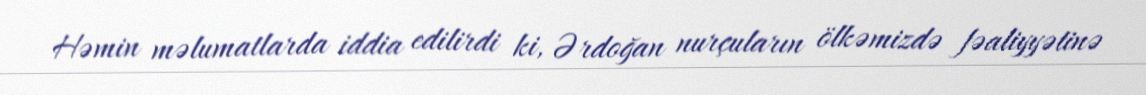
Həmin məlumatlarda iddia edilirdi ki, Ərdoğan nurçuların ölkəmizdə fəaliyyətinə